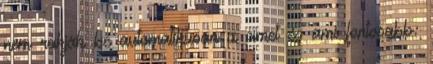
nem rakják be automatikusan a címet és ami fontosabb: